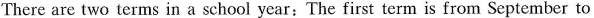
There are two terms in a school year:The first term is from September to